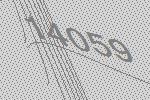
14059